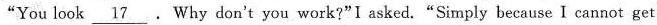
“You look \underline{17}. Why don't you work?”I asked.“Simply because I cannot get